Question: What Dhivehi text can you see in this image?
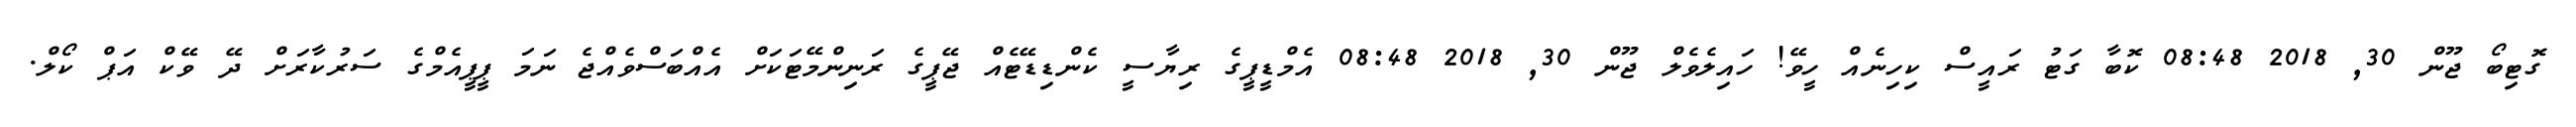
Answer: ގޮޓިބޯ ޖޫން 30, 2018 08:48 ކޮބާ ގަޓު ރައީސް ކިހިނެއް ހީވޭ! ހައިލެވެލް ޖޫން 30, 2018 08:48 އެމްޑީޕީގެ ރިޔާސީ ކެންޑިޑޭޓެއް ޖޭޕީގެ ރަނިންމޭޓަކަށް އެއްބަސްވެއްޖެ ނަމަ ޕީޕީއެމްގެ ސަރުކާރަށް ދޭ ވޭކް އަޕް ކޯލް.